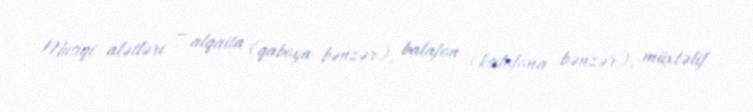
Musiqi alətləri — alqaita (qaboya bənzər), balafon (ksilofona bənzər), müxtəlif